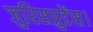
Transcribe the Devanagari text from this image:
जुरिसप्रुडेंस।